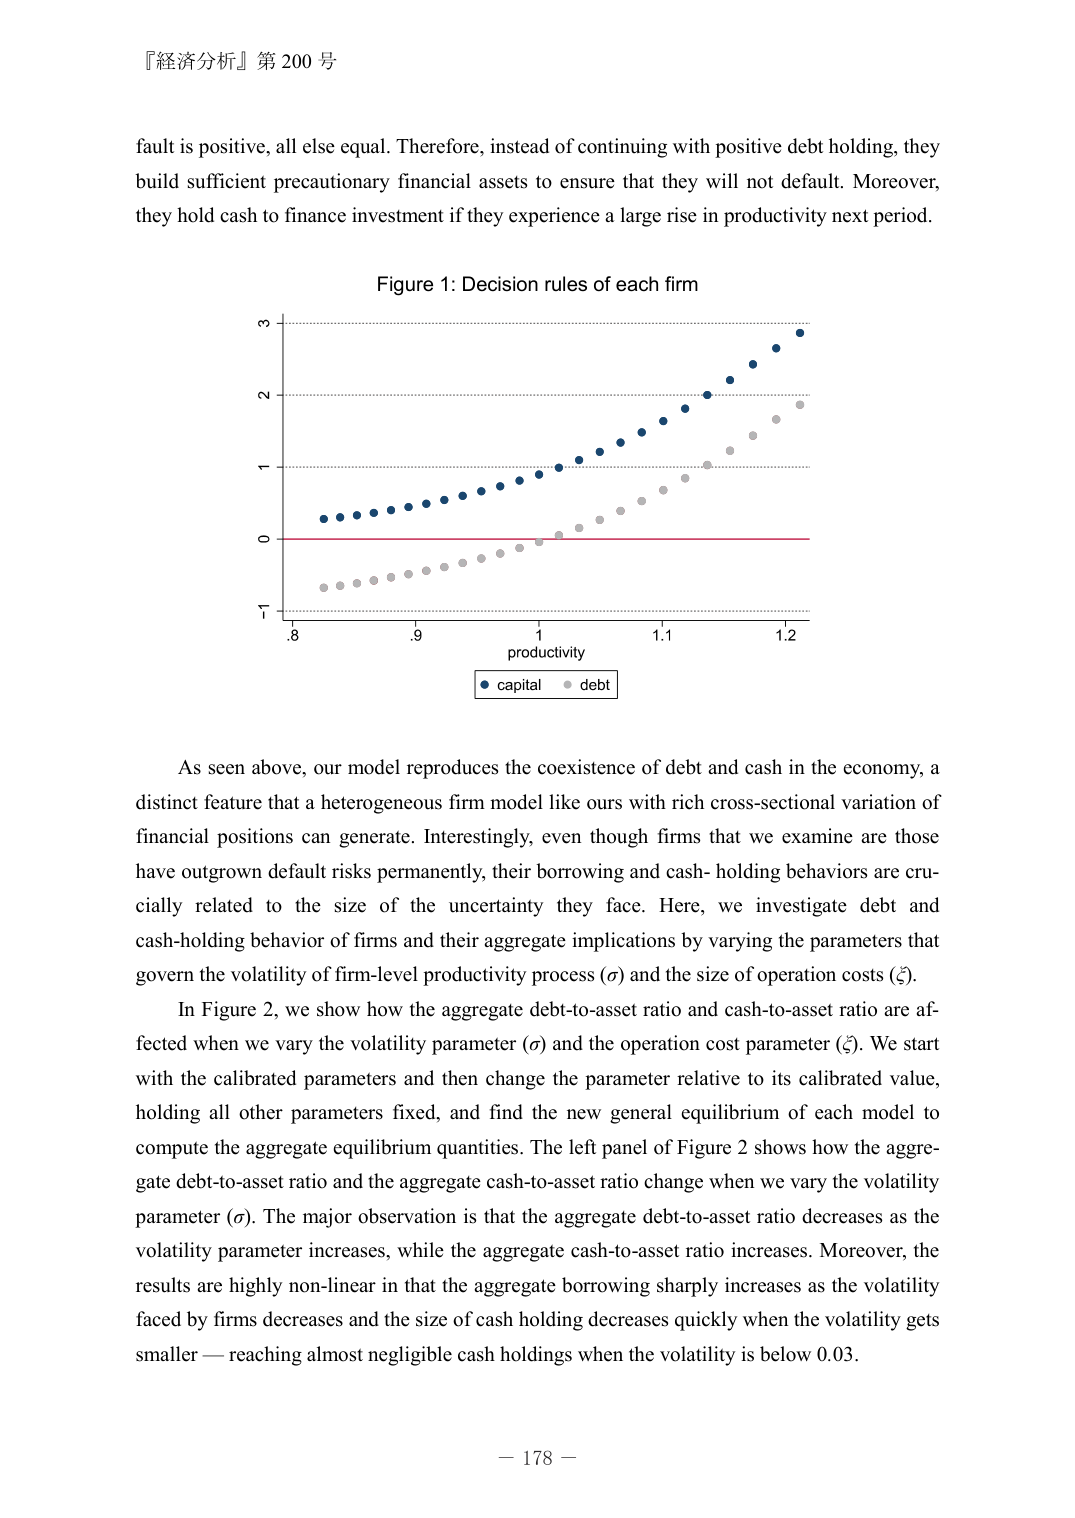
『経済分析』第 200 号

fault is positive, all else equal. Therefore, instead of continuing with positive debt holding, they build sufficient precautionary financial assets to ensure that they will not default. Moreover, they hold cash to finance investment if they experience a large rise in productivity next period.

Figure 1: Decision rules of each firm

-1
0
1
2
3
.8
.9
1
1.1
1.2
productivity
● capital ● debt

As seen above, our model reproduces the coexistence of debt and cash in the economy, a distinct feature that a heterogeneous firm model like ours with rich cross-sectional variation of financial positions can generate. Interestingly, even though firms that we examine are those have outgrown default risks permanently, their borrowing and cash- holding behaviors are crucially related to the size of the uncertainty they face. Here, we investigate debt and cash-holding behavior of firms and their aggregate implications by varying the parameters that govern the volatility of firm-level productivity process (σ) and the size of operation costs (ξ).

In Figure 2, we show how the aggregate debt-to-asset ratio and cash-to-asset ratio are affected when we vary the volatility parameter (σ) and the operation cost parameter (ξ). We start with the calibrated parameters and then change the parameter relative to its calibrated value, holding all other parameters fixed, and find the new general equilibrium of each model to compute the aggregate equilibrium quantities. The left panel of Figure 2 shows how the aggregate debt-to-asset ratio and the aggregate cash-to-asset ratio change when we vary the volatility parameter (σ). The major observation is that the aggregate debt-to-asset ratio decreases as the volatility parameter increases, while the aggregate cash-to-asset ratio increases. Moreover, the results are highly non-linear in that the aggregate borrowing sharply increases as the volatility faced by firms decreases and the size of cash holding decreases quickly when the volatility gets smaller — reaching almost negligible cash holdings when the volatility is below 0.03.

— 178 —